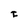
Character: F